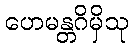
ဟေမန္တဂိမှိသု